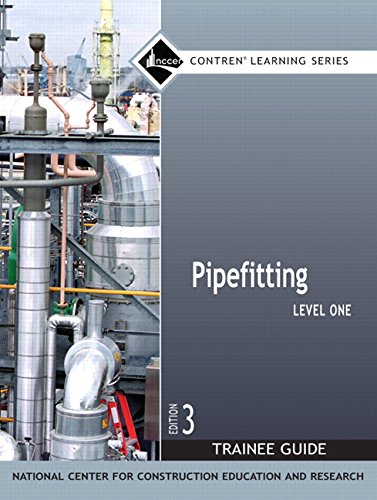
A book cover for Pipefitting Level 1 Trainee Guide, Paperback (3rd Edition) (Contren Learning); NCCER; Science & Math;